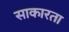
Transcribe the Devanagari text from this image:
साकारता